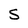
Character: S